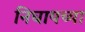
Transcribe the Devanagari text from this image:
निघायच्या